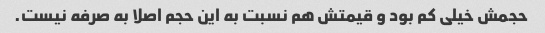
حجمش خیلی کم بود و قیمتش هم نسبت به این حجم اصلا به صرفه نیست.